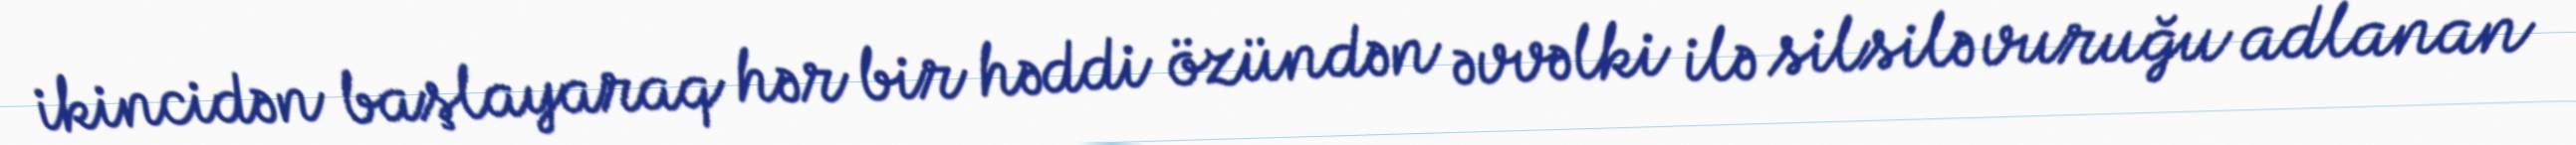
ikincidən başlayaraq hər bir həddi özündən əvvəlki ilə silsilə vuruğu adlanan